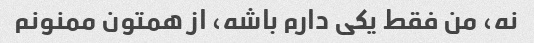
نه، من فقط یکی دارم باشه، از همتون ممنونم